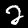
Digit: 2